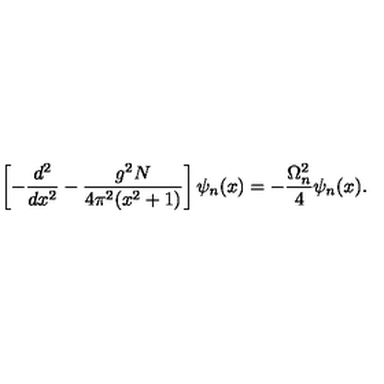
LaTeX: \left[ - \frac { d ^ { 2 } } { d x ^ { 2 } } - \frac { g ^ { 2 } N } { 4 \pi ^ { 2 } ( x ^ { 2 } + 1 ) } \right] \psi _ { n } ( x ) = - \frac { \Omega _ { n } ^ { 2 } } { 4 } \psi _ { n } ( x ) .